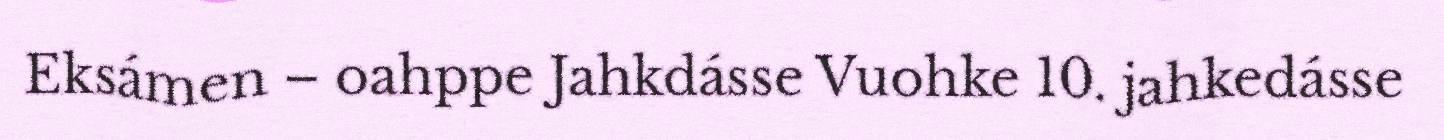
Eksámen – oahppe Jahkdásse Vuohke 10. jahkedásse